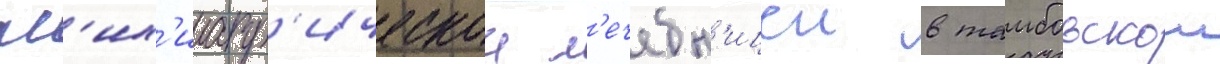
пс'их'иатр'ическои л'ечебн'ицеи в тамбовскои